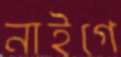
নাইগে